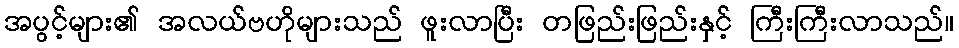
အပွင့်များ၏ အလယ်ဗဟိုများသည် ဖူးလာပြီး တဖြည်းဖြည်းနှင့် ကြီးကြီးလာသည်။